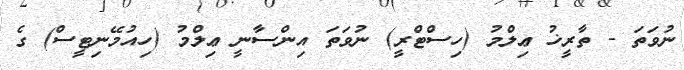
ނުވަތަ - ތާރީޚު ޢިލްމު (ހިސްޓްރީ) ނުވަތަ އިންސާނީ ޢިލްމު (ހިއުމޭނިޓީސް) ގެ